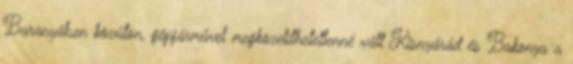
Baranyában közúton, gépjárművel megközelíthetetlenné vált Kisnyárád és Bakonya a